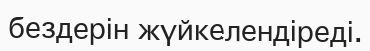
бездерін жүйкелендіреді.